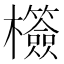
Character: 𣠺